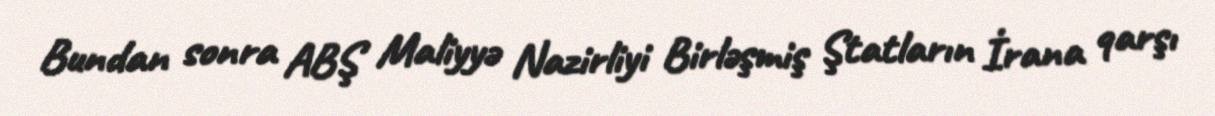
Bundan sonra ABŞ Maliyyə Nazirliyi Birləşmiş Ştatların İrana qarşı